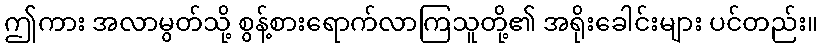
ဤကား အလာမွတ်သို့ စွန့်စားရောက်လာကြသူတို့၏ အရိုးခေါင်းများ ပင်တည်း။